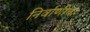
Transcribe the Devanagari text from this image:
निर्वाणीचा